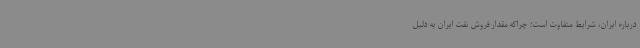
درباره ایران، شرایط متفاوت است؛ چرا‌که مقدار فروش نفت ایران به دلیل